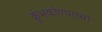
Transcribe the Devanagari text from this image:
कुंभकोणमच्या